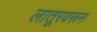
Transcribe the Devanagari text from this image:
लातूरवरून